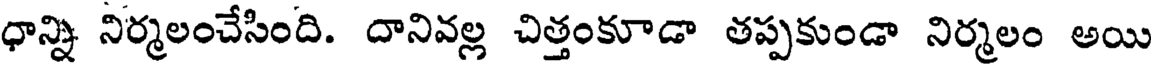
ధాన్ని నిర్మలంచేసింది. దానివల్ల చిత్తంకూడా తప్పకుండా నిర్మలం అయి